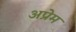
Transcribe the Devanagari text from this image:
अप्रेम